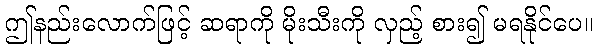
ဤနည်းလောက်ဖြင့် ဆရာကို မိုးသီးကို လှည့် စား၍ မရနိုင်ပေ။